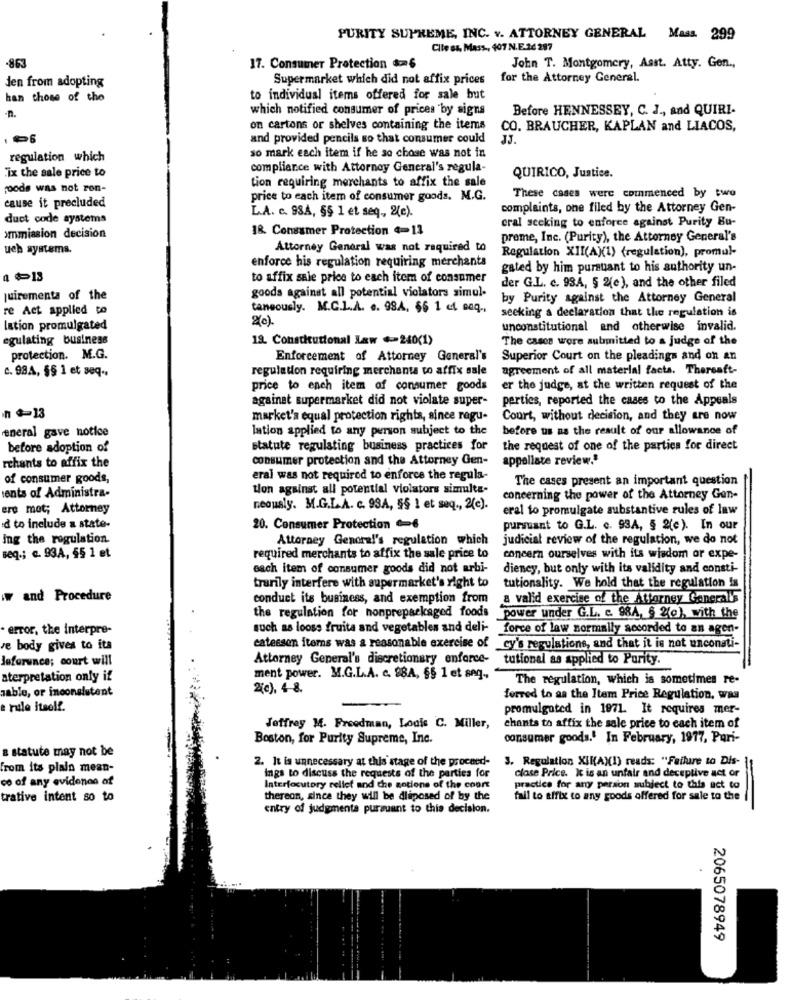
PURITY SUPREME, INC. v. ATTORNEY GENERAL Mass. 299
Cite es, Mass, 407 N.E.26 297
-863
17. Consumer Protection 6
John T. Montgomery, Asst. Atty. Gen .,
den from adopting
Supermarket which did not affix prices
for the Attorney General.
han those of the
to individual items offered for sale but
which notified consumer of prices by signs
Before HENNESSEY, C. J ., and QUIRI-
-n.
on cartons or shelves containing the items
CO. BRAUCHER, KAPLAN and LIACOS,
and provided pencils so that consumer could
JJ.
regulation which
so mark each item if he ao chose was not in
compliance with Attorney General's regula-
"ix the sale price to
tion requiring merchants to affix the sale
QUIRICO, Justice.
goods was not ron-
price to each item of consumer goods. M.G.
These cases were commenced by two
cause it precluded
L.A. c. 98A, §§ 1 et seq, 2(c).
complaints, one filed by the Attorney Gen-
duct code systems
cral seeking to enforce against Purity Bu-
18. Consumer Protection 4=13
ommiasion decision
prome, Inc. (Purity), the Attorney General's
uch systems.
Attorney General was not required to
Regulation XII(A)(1) (regulation), promul-
enforce his regulation requiring merchants
gated by him pursuant to his authority un-
to affix sale price to each item of consumer
goods against all potential violators simul-
der G.L. c. 93A, § 2(e), and the other filed
quirementa of the
by Purity against the Attorney General
re Act applied to
taneously. M.C.L.A. e. 98A, 66 1 et seq .,
seeking a declaration that the regulation is
(c).
lation promulgated
unconstitutional and otherwise invalid.
egulating business
19. Constitutional Law .240(1)
The cases wore submitted to a judge of the
protection. M.G.
Enforcement of Attorney General's
Superior Court on the pleadings and on an
c. 98A, $§ 1 et seq ..
regulation requiring merchanta to affix sale
agreement of all material facts. Thersaft-
price to each item of consumer goods
er the judge, at the written request of the
againat supermarket did not violate super-
perties, reported the cases to the Appeals
market's equal protection rights, since ragu-
Court, without decision, and they are now
eneral gave notice
Iation applied to any person subject to the
before us as the result of our allowance of
before adoption of
statute regulating business practices for
the request of one of the parties for direct
consumer protection and the Attorney Gen-
appellate review."
rchants to affix the
of consumer goods,
erai was not required to enforce the regula-
The cases present an important question
tion against all potential violators simulta-
ients of Administra-
concerning the power of the Attorney Gen-
ere mot; Attorney
neously. M.G.L.A. c. 93A, §§ 1 et seq ., 2(e).
eral to promulgate substantive rules of law
d to include a state-
20. Consumer Protection 0€
purmant to G.L. c. 93A, § 2(c). In our
Ing the regulation.
Attorney General's regulation which
judicial review of the regulation, we do not
seq .; a. 93A, $5 1 et
required merchants to affix the sale price to
concern ourselves with its wisdom or expe-
each item of consumer goods did not arbi-
dieney, but only with its validity and consti-
trarily interfere with supermarket's right to
tutionality. We hold that the regulation Is
ww and Procedure
conduct its business, and exemption from
a valid exercise of the Attorney General's
the regulation for nonprepackaged foods
power under G.L. c. 984, § 2(0), with the
error, the interpre-
such as loose fruits and vegetables and deli-
force of law normally accorded to an agen-
ve body gives to its
eatessen items was a reasonable exercise of cy's regulations, and that it is not unconsti-
Jeferunce; court will
Attorney General's discretionary enforce- tutional as applied to Purity.
aterpretation only if
ment power. M.G.L.A. c. 98A, 65 1 et ang.
The regulation, which is sometimes re-
zable, or inconsistent
2(c). 4 8.
forred to as the Item Price Regulation, was
e rule itself.
promulgated in 1971. It requires mer-
Jeffrey 14. Freedman, Louis C. Miller,
chants to affix the sale price to each item of
Boston, for Purity Supreme, Inc.
consumer goods. In February, 1977, Pari-
a statute may not be
3. Regulation XIK(AX(1) reads: "Failure to Dis-
from its plain mean-
2. It is unnecessary at this stage of the proceed-
co of any evidence of
ings to discuss the requests of the parties for
clase Price. It is an unfair and deceptive act or
Interlocutory rellet and the aotions of the court
practice for any person subject to this act to
trative intent so to
thereon, since they will be dliposed of by the
fail to affix to any goods offered for sale to the
=
entry of judgmenta pursuant to this decision.
2065078949